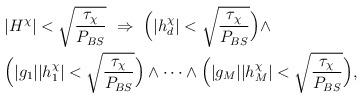
LaTeX: \begin{align*}&|H^\chi|<\sqrt{\frac{\tau_\chi}{P_{BS}}}\ \Rightarrow \ \Big(|h^\chi_d|<\sqrt{\frac{\tau_\chi}{P_{BS}}}\Big)\land \\ &\Big(|g_1||h^\chi_1|<\sqrt{\frac{\tau_\chi}{P_{BS}}}\Big)\land\cdots \land\Big(|g_M||h^\chi_M|<\sqrt{\frac{\tau_\chi}{P_{BS}}}\Big),\end{align*}